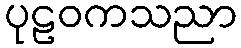
ပုဠဝကသညာ